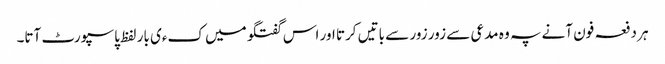
ہر دفعہ فون آنے پہ وہ مدعی سے زور زور سے باتیں کرتا اور اس گفتگو میں کءی بار لفظ پاسپورٹ آتا۔